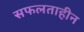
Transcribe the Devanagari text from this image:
सफलताहीन